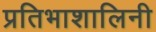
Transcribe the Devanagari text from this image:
प्रतिभाशालिनी